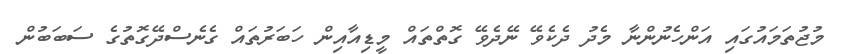
މުޖުތަމައުގައި އަންހެނުންނާ މެދު ދެކެވޭ ނޭދެވޭ ގޮތްތައް މީޑިއާއިން ހަބަރުތައް ގެނެސްދޭގޮތުގެ ސަބަބުން